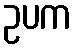
ဥပက